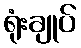
ရုံးချုပ်